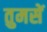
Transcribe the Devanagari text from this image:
तुमसें